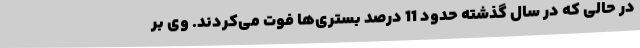
در حالی که در سال گذشته حدود 11 درصد بستری‌ها فوت می‌کردند. وی بر